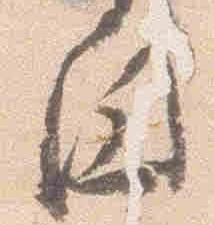
円